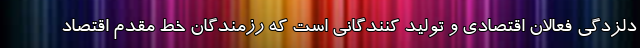
دلزدگی فعالان اقتصادی و تولید کنندگانی است که رزمندگان خط مقدم اقتصاد